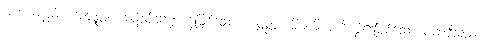
အဘယ်နည်း။ အဇ္ဈတ္တ၊ အတွင်းသဏ္ဌာန်ဖြစ်သော။ ပစ္စတ္တံ၊ မိမိကိုယ်ကို စွဲ၍ဖြစ်သော ပထဝီသည်။